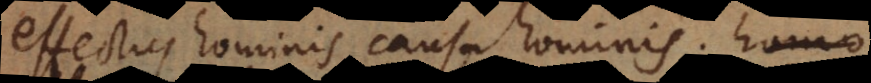
effectus hominis, causa hominis; homo